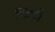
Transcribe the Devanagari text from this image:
किंची